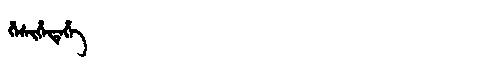
Manchu: ᡥᡝᠰᡳᡥᡝᡨᡝᡥᡝ
Romanization: HESIHETEHE